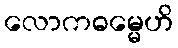
လောကဓမ္မေဟိ